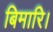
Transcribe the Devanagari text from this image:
बिमारि।